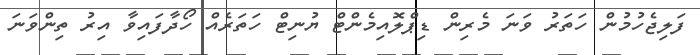
ފަލިޖެހުމުން ހަތަރު ވަނަ މެރިން ޑިޕްލޮއިމެންޓް ޔުނިޓް ހަތަރެއް ހޯދާފައިވާ އިރު ތިންވަނަ